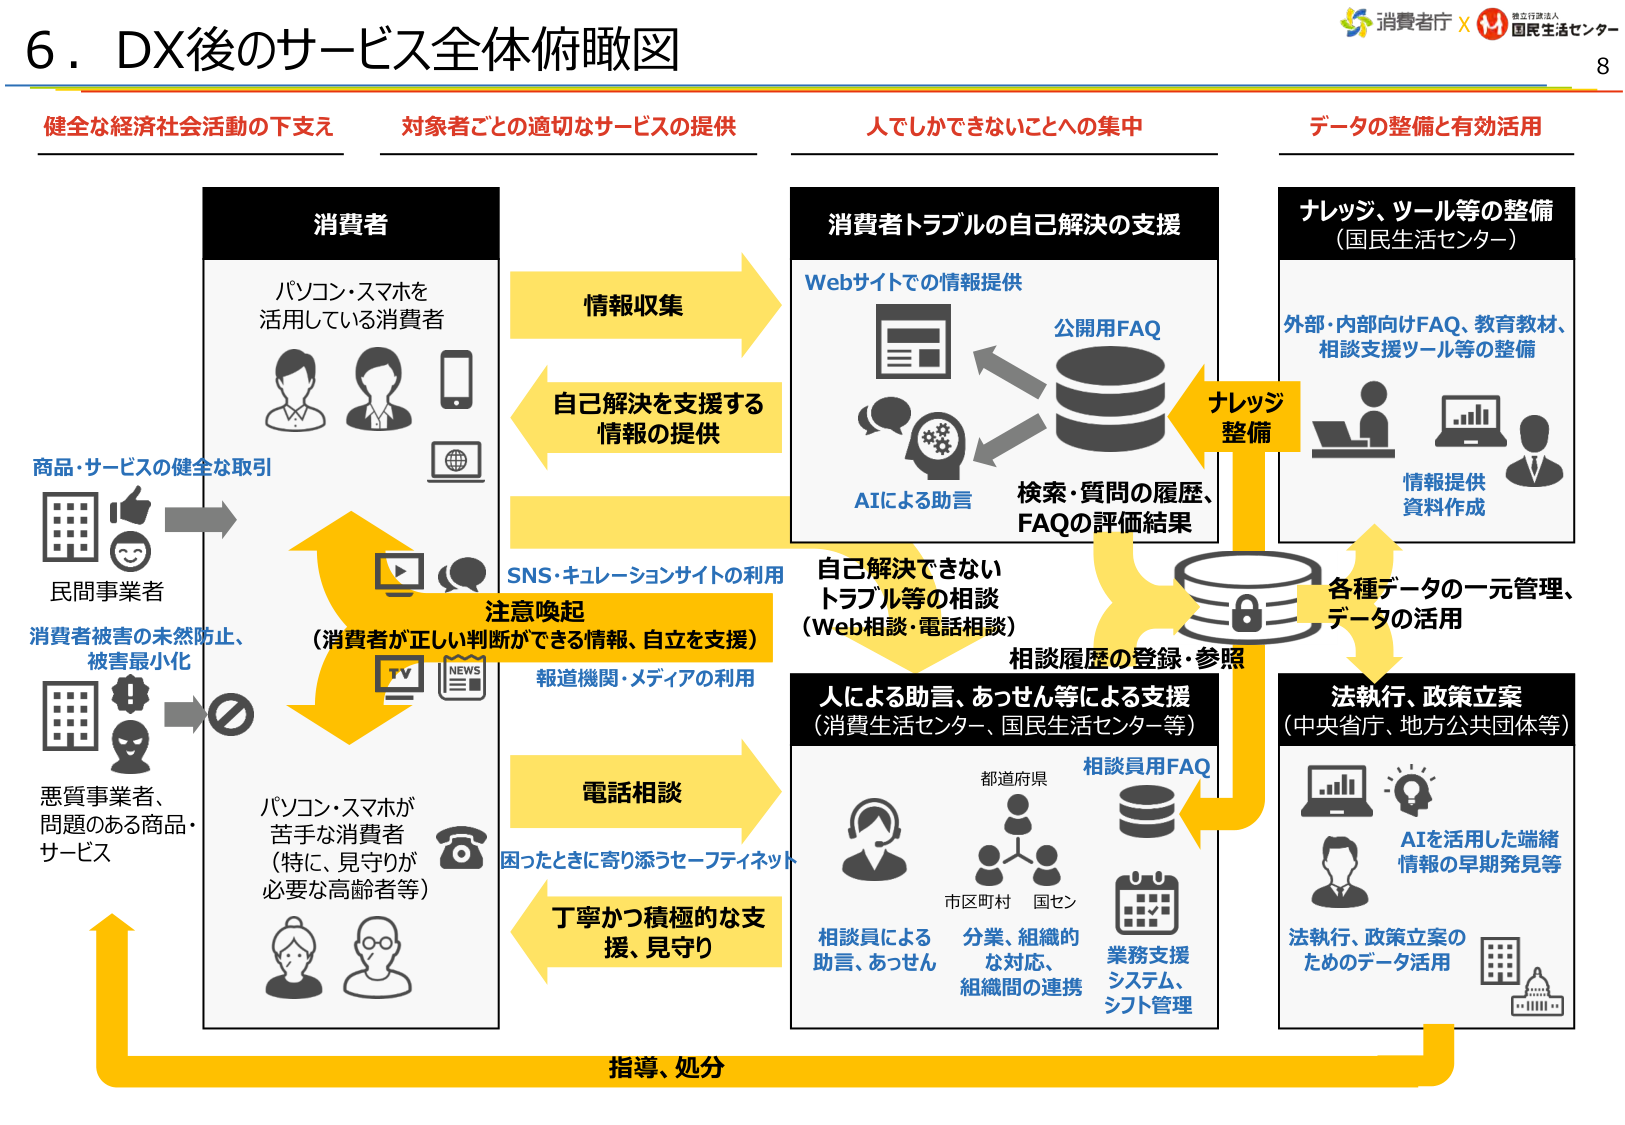
6．DX後のサービス全体俯瞰図

健全な経済社会活動の下支え
対象者ごとの適切なサービスの提供
人でしかできないことへの集中
データの整備と有効活用

消費者
パソコン・スマホを
活用している消費者

情報収集
自己解決を支援する
情報の提供

消費者トラブルの自己解決の支援
Webサイトでの情報提供
公開用FAQ
AIによる助言
検索・質問の履歴、
FAQの評価結果

ナレッジ、ツール等の整備
（国民生活センター）
外部・内部向けFAQ、教育教材、
相談支援ツール等の整備
情報提供
資料作成

ナレッジ
整備

各種データの一元管理、
データの活用

相談履歴の登録・参照

SNS・キュレーションサイトの利用
注意喚起
（消費者が正しい判断ができる情報、自立を支援）
報道機関・メディアの利用

電話相談
困ったときに寄り添うセーフティネット

丁寧かつ積極的な支
援、見守り

人による助言、あっせん等による支援
（消費生活センター、国民生活センター等）
相談員による
助言、あっせん
都道府県
市区町村 国セン
分業、組織的
な対応、
組織間の連携
相談員用FAQ
業務支援
システム、
シフト管理

法執行、政策立案
（中央省庁、地方公共団体等）
AIを活用した端緒
情報の早期発見等
法執行、政策立案の
ためのデータ活用

指導、処分

商品・サービスの健全な取引
民間事業者
消費者被害の未然防止、
被害最小化
悪質事業者、
問題のある商品・
サービス

パソコン・スマホが
苦手な消費者
（特に、見守りが
必要な高齢者等）

消費者
（国民生活センター）

消費生活センター
独立行政法人

8